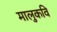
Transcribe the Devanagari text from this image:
मालुकवि